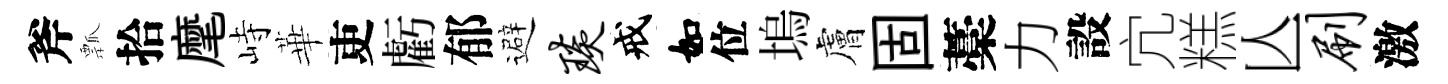
斧瓢拾麾峙華吏虧郁避琰戒如位塢膚固藁力設宂糕亾刷激